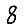
Digit: 8